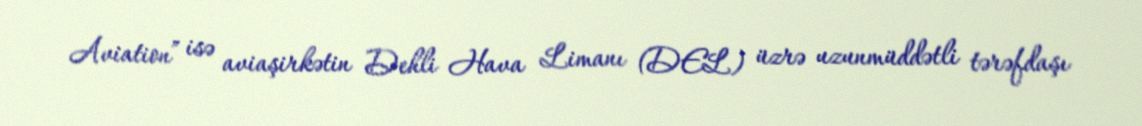
Aviation” isə aviaşirkətin Dehli Hava Limanı (DEL) üzrə uzunmüddətli tərəfdaşı